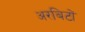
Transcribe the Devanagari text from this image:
अरबिटों